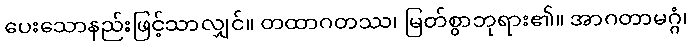
ပေးသောနည်းဖြင့်သာလျှင်။ တထာဂတဿ၊ မြတ်စွာဘုရား၏။ အာဂတာမဂ္ဂံ၊